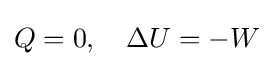
Q=0,\quad \Delta U=-W